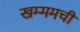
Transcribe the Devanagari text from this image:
खम्ममची